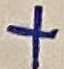
Text: +